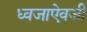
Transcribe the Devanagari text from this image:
ध्वजाऐवजी